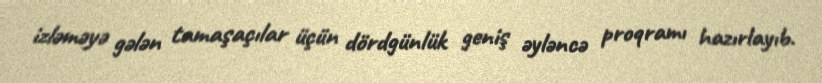
izləməyə gələn tamaşaçılar üçün dördgünlük geniş əyləncə proqramı hazırlayıb.